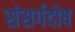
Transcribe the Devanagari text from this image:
संसर्गदोष